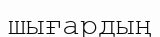
шығардың